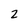
Character: 2